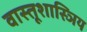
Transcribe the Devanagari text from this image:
वास्तूशास्ञिय